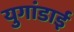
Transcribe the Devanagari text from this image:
युगांडाई